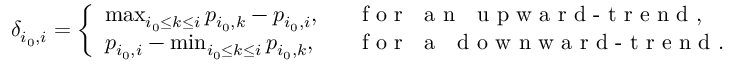
\delta _ { i _ { 0 } , i } = \left\{ \begin{array} { l l } { \operatorname* { m a x } _ { i _ { 0 } \leq k \leq i } p _ { i _ { 0 } , k } - p _ { i _ { 0 } , i } , } & { \mathrm { \textrm { ~ f o r ~ a n ~ u p w a r d - t r e n d } } , } \\ { p _ { i _ { 0 } , i } - \operatorname* { m i n } _ { i _ { 0 } \leq k \leq i } p _ { i _ { 0 } , k } , } & { \mathrm { \textrm { ~ f o r ~ a ~ d o w n w a r d - t r e n d } . } } \end{array} \right.